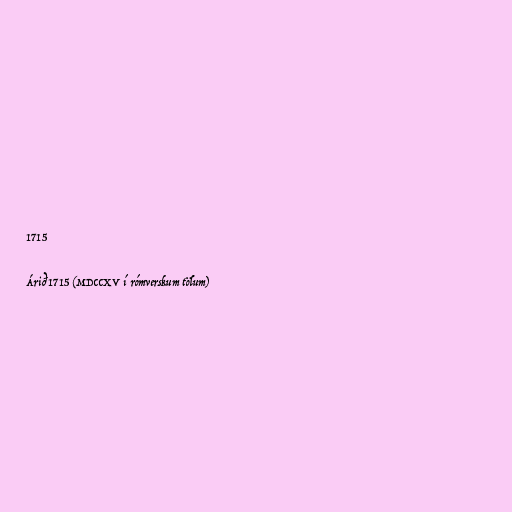
1715

Árið 1715 (MDCCXV í rómverskum tölum)